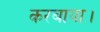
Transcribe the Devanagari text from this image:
करबाया।